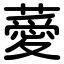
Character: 薆